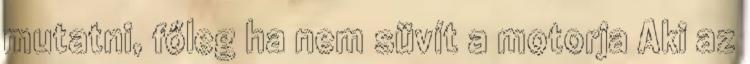
mutatni, főleg ha nem süvít a motorja Aki az